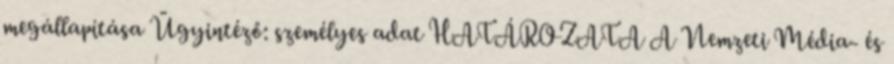
megállapítása Ügyintéző: személyes adat HATÁROZATA A Nemzeti Média- és